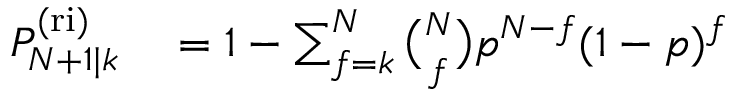
\begin{array} { r l } { P _ { N + 1 | k } ^ { \mathrm { ( r i ) } } } & { { } = 1 - \sum _ { f = k } ^ { N } \binom { N } { f } p ^ { N - f } ( 1 - p ) ^ { f } } \end{array}